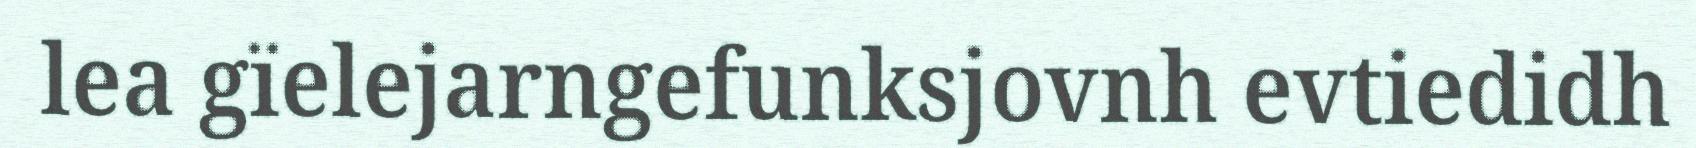
lea gïelejarngefunksjovnh evtiedidh